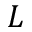
L